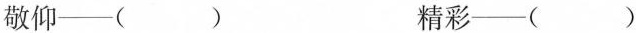
敬仰—( ) 精彩—( )